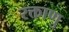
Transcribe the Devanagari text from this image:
रक्ताणु